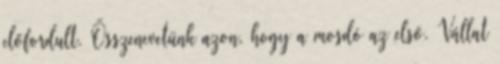
előfordult. Összenevetünk azon, hogy a mosdó az első. Vállat